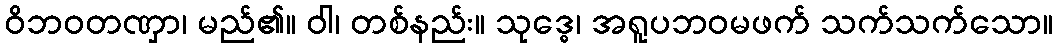
ဝိဘဝတဏှာ၊ မည်၏။ ဝါ၊ တစ်နည်း။ သုဒ္ဓေ၊ အရူပဘဝမဖက် သက်သက်သော။